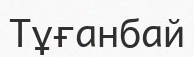
Тұғанбай